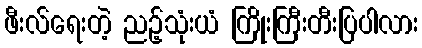
ဖီးလ်ရေးတဲ့ ညဉ့်သုံးယံ ကြိုးကြီးတီးပြပါလား